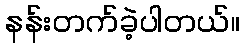
နန်းတက်ခဲ့ပါတယ်။